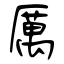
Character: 厲